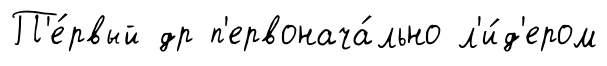
П'е́рвый др п'ервонача́льно л'и́д'ером